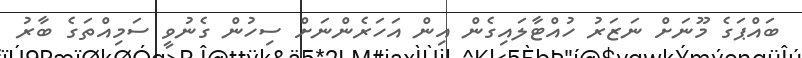
ބައްޕަގެ މޫނަށް ނަޒަރު ހުއްޓާލައިގެން އިން އަހަރެންނަށް ސިހުން ގެނުވީ ސަމިއްތަގެ ބާރު